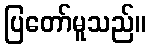
ပြတော်မူသည်။